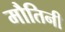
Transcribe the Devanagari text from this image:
मौतिनी